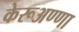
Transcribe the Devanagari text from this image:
केरूअण्णा